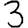
Digit: 3